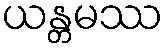
ယန္တမဿ